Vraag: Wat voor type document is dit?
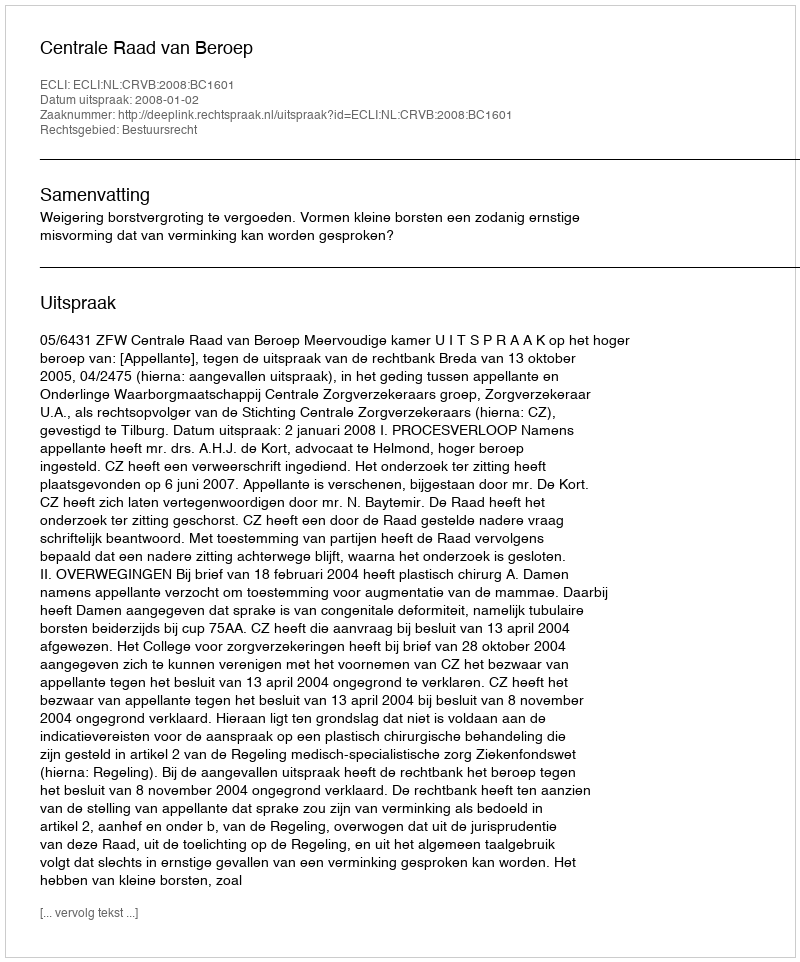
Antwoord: Uitspraak